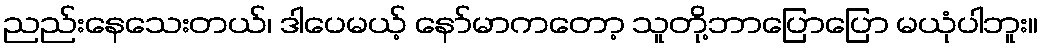
ညည်းနေသေးတယ်၊ ဒါပေမယ့် နော်မာကတော့ သူတို့ဘာပြောပြော မယုံပါဘူး။